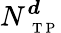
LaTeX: N_{\mathrm{~\scriptsize~T~P~}}^{\boldsymbol d}